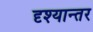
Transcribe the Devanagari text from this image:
दृश्यान्तर